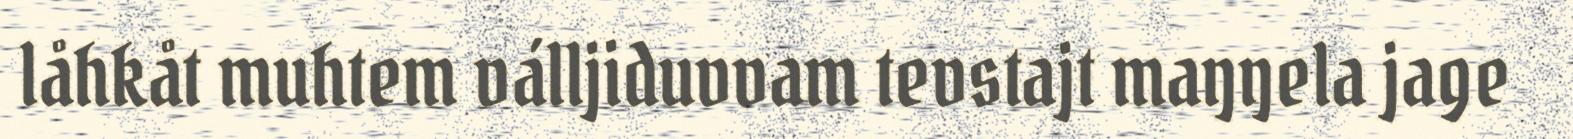
låhkåt muhtem válljiduvvam tevstajt maŋŋela jage